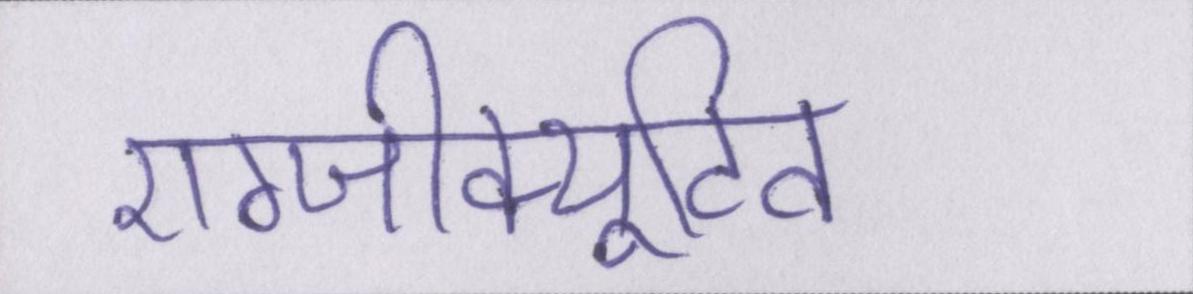
एग्जीक्यूटिव